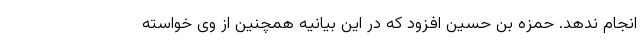
انجام ندهد. حمزه بن حسین افزود که در این بیانیه همچنین از وی خواسته